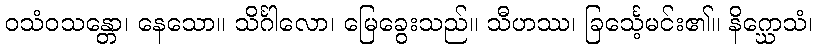
ဝသံဝသန္တော၊ နေသော။ သိင်္ဂါလော၊ မြေခွေးသည်။ သီဟဿ၊ ခြင်္သေ့မင်း၏။ နိဂ္ဃောသံ၊